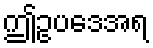
ဤဥပဒေအရ